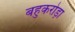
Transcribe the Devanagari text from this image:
बहुकरोड़ा